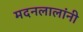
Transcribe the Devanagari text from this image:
मदनलालांनी